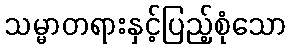
သမ္မာတရားနှင့်ပြည့်စုံသော